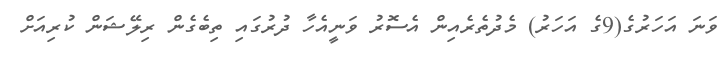
ވަނަ އަހަރުގެ(9ގެ އަަހަރު) މެދުތެރެއިން އެސޮރު ވަނީއެހާ ދުރުގައި ތިބެގެން ރިލޭޝަން ކުރިއަށް